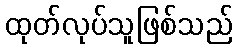
ထုတ်လုပ်သူဖြစ်သည်